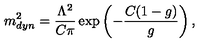
m _ { d y n } ^ { 2 } = \frac { \Lambda ^ { 2 } } { C \pi } \exp \left( - \frac { C ( 1 - g ) } { g } \right) ,